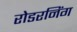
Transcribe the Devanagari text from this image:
रोडरनिंग